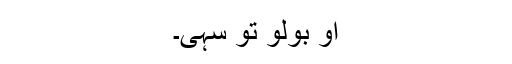
او بولو تو سہی۔